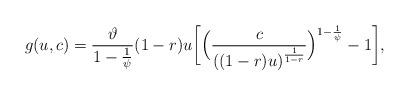
LaTeX: \begin{align*} g(u,c)=\frac{\vartheta}{1-\frac{1}{\psi}}(1-r) u\bigg[\Big(\frac{c}{\left((1-r) u\right)^{\frac{1}{1-r}}}\Big)^{1-\frac{1}{\psi}}-1\bigg],\end{align*}